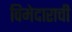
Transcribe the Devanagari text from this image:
विमेदाराची